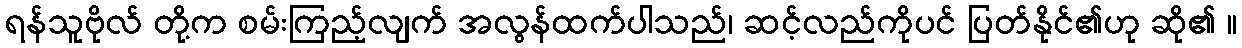
ရန်သူဗိုလ် တို့က စမ်းကြည့်လျက် အလွန်ထက်ပါသည်၊ ဆင့်လည်ကိုပင် ပြတ်နိုင်၏ဟု ဆို၏ ။